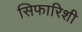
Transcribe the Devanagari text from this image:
सिफारिशी